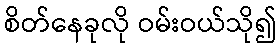
စိတ်နေခုလို ဝမ်းဝယ်သို၍